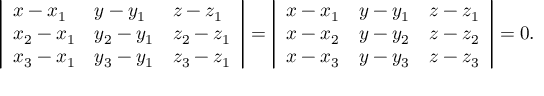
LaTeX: { \left| \begin{array} { l l l } { x - x _ { 1 } } & { y - y _ { 1 } } & { z - z _ { 1 } } \\ { x _ { 2 } - x _ { 1 } } & { y _ { 2 } - y _ { 1 } } & { z _ { 2 } - z _ { 1 } } \\ { x _ { 3 } - x _ { 1 } } & { y _ { 3 } - y _ { 1 } } & { z _ { 3 } - z _ { 1 } } \end{array} \right| } = { \left| \begin{array} { l l l } { x - x _ { 1 } } & { y - y _ { 1 } } & { z - z _ { 1 } } \\ { x - x _ { 2 } } & { y - y _ { 2 } } & { z - z _ { 2 } } \\ { x - x _ { 3 } } & { y - y _ { 3 } } & { z - z _ { 3 } } \end{array} \right| } = 0 .